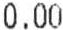
0.00